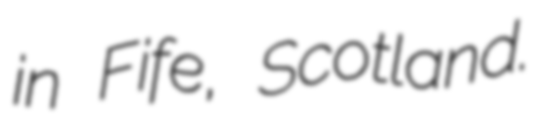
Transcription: in Fife, Scotland.